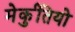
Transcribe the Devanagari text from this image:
मेर्कुतियो